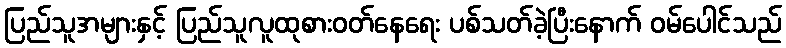
ပြည်သူအများနှင့် ပြည်သူလူထုစားဝတ်နေရေး ပစ်သတ်ခဲ့ပြီးနောက် ဝမ်ပေါင်သည်